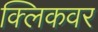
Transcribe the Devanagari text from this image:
क्लिकवर